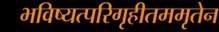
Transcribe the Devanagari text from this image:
भविष्यत्परिगृहीतममृतेन